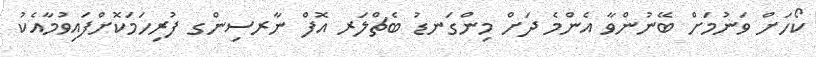
ކޯހަށް ވަނުމަށް ބޭނުންވާ އެންމެ ދަށް މިންގަނޑު ބެޗްލަރ އޮފް ނާރސިންގ ފުރިހަމަކޮށްފައިވުމާއެކު